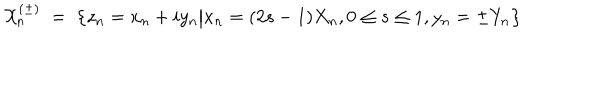
LaTeX: \mathcal { X } _ { n } ^ { ( \pm ) } \; = \; \bigl \{ z _ { n } = x _ { n } + i y _ { n } \big \vert x _ { n } = ( 2 s - 1 ) X _ { n } , 0 \le s \le 1 , y _ { n } = \pm Y _ { n } \bigr \}